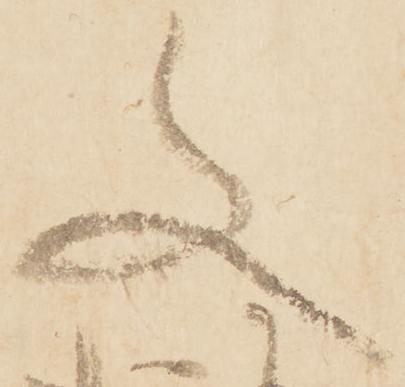
文